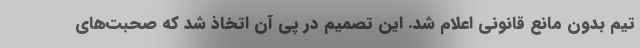
تیم بدون مانع قانونی اعلام شد. این تصمیم در پی آن اتخاذ شد که صحبت‌های